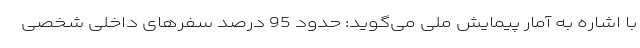
با اشاره به آمار پیمایش ملی می‌گوید: حدود 95 درصد سفرهای داخلی شخصی